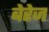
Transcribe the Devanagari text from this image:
बेरेज